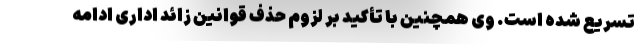
تسریع شده است. وی همچنین با تأکید بر لزوم حذف قوانین زائد اداری ادامه